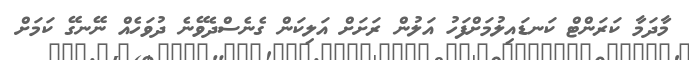
މާދަމާ ކަރަންޓް ކަނޑައިލުމަށްފަހު އަލުން ރަށަށް އަލިކަން ގެނެސްދެވޭނެ ދުވަހެއް ނޭނގޭ ކަމަށް